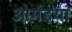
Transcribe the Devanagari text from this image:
ओमइया